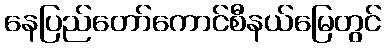
နေပြည်တော်ကောင်စီနယ်မြေတွင်